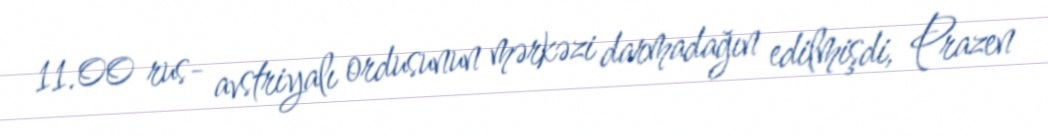
11.00 rus- avstriyalı ordusunun mərkəzi darmadağın edilmişdi, Prazen